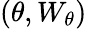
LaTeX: (\theta,W_{\theta})